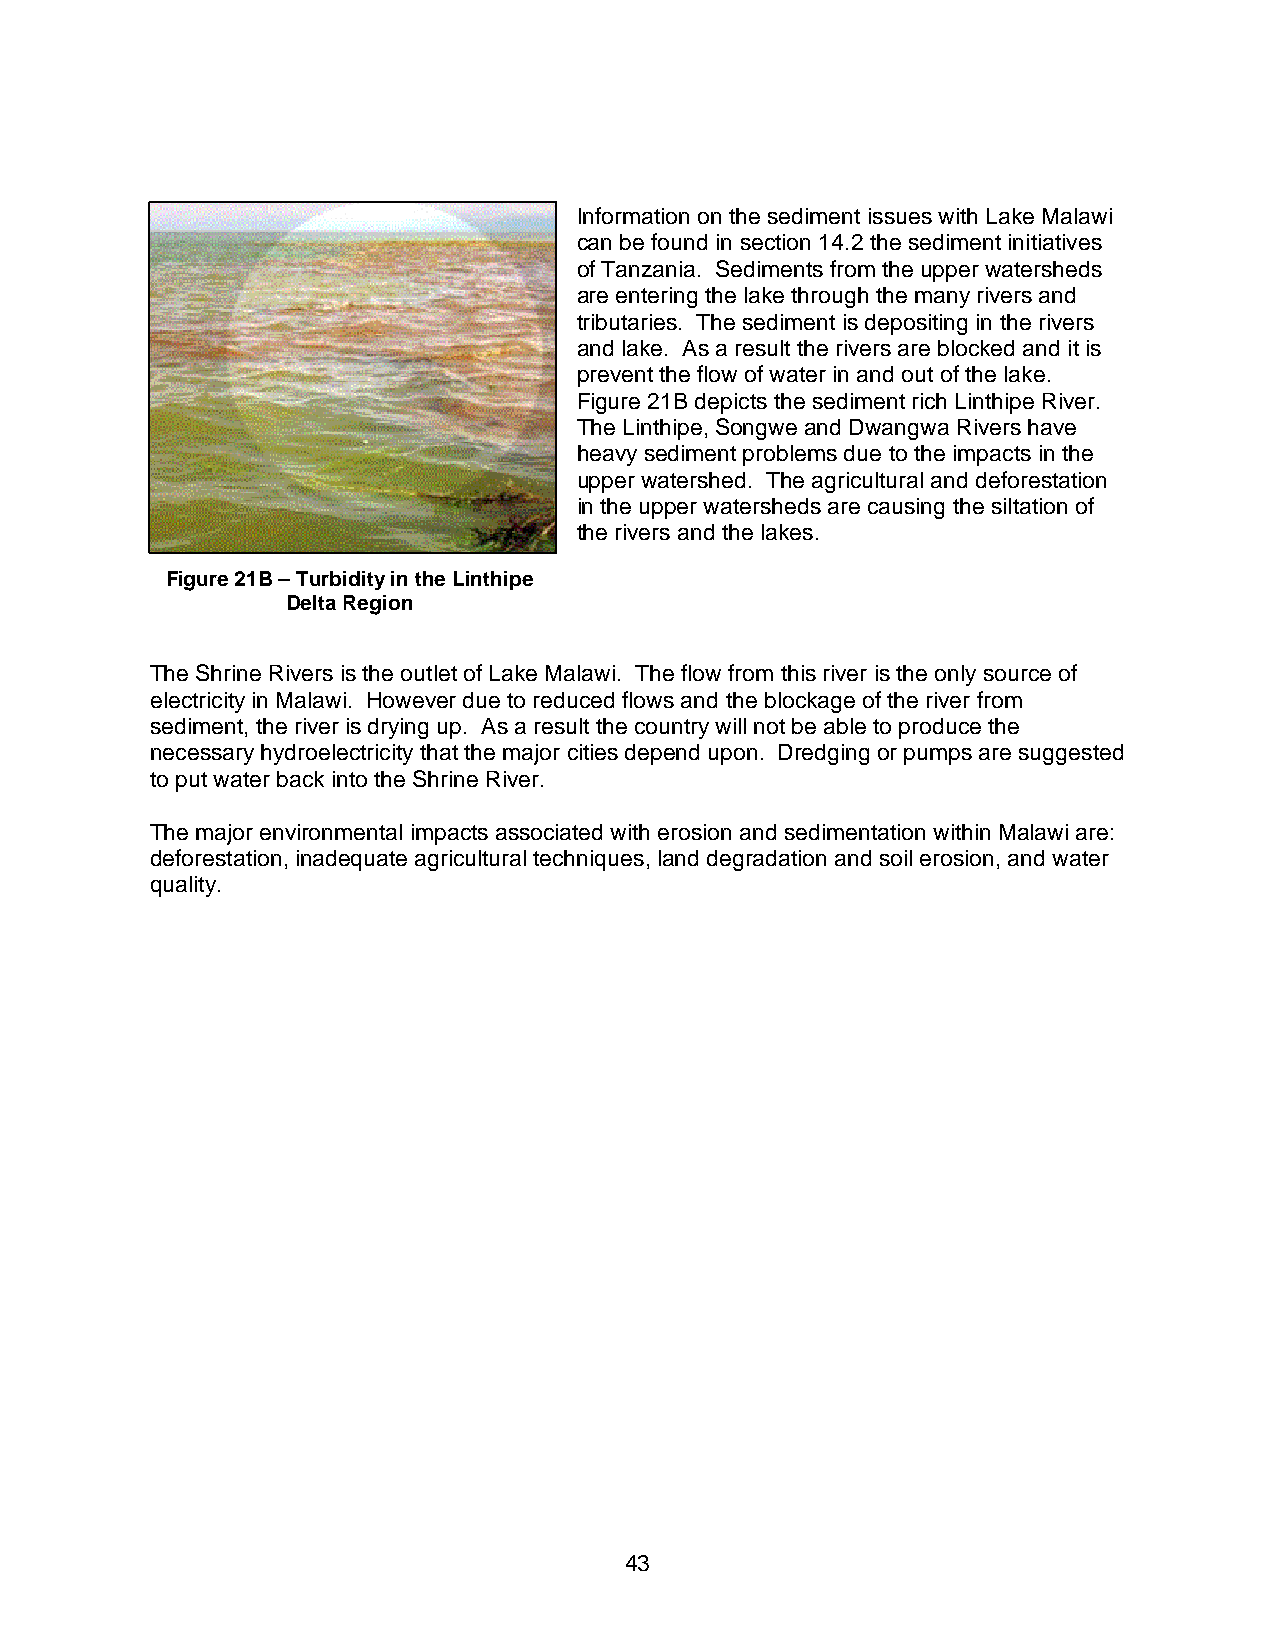
Information on the sediment issues with Lake Malawi
 can be found in section 14.2 the sediment initiatives
 of Tanzania. Sediments from the upper watersheds
 are entering the lake through the many rivers and
 tributaries. The sediment is depositing in the rivers
 and lake. As a result the rivers are blocked and it is
 prevent the flow of water in and out of the lake.
 Figure 21B depicts the sediment rich Linthipe River.
 The Linthipe, Songwe and Dwangwa Rivers have
 heavy sediment problems due to the impacts in the
 upper watershed. The agricultural and deforestation
 in the upper watersheds are causing the siltation of
 the rivers and the lakes.
 Figure 21B – Turbidity in the Linthipe
 Delta Region
 The Shrine Rivers is the outlet of Lake Malawi. The flow from this river is the only source of
 electricity in Malawi. However due to reduced flows and the blockage of the river from
 sediment, the river is drying up. As a result the country will not be able to produce the
 necessary hydroelectricity that the major cities depend upon. Dredging or pumps are suggested
 to put water back into the Shrine River.
 The major environmental impacts associated with erosion and sedimentation within Malawi are:
 deforestation, inadequate agricultural techniques, land degradation and soil erosion, and water
 quality.
 43